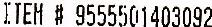
ITEM # 9555501403092